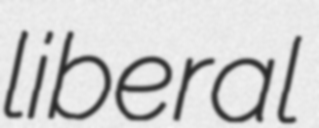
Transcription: liberal